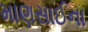
માણસાઈના